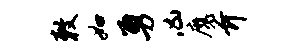
敕如勇凶魔介